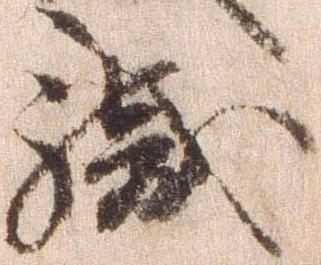
職